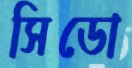
সিডো